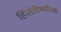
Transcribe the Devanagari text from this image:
हिंसेविषयीच्या